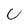
Character: U